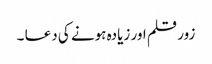
زور قلم اور زیادہ ہونے کی دعا ۔